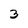
Character: 3